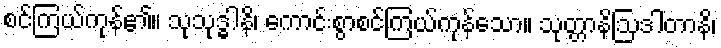
စင်ကြယ်ကုန်၏။ သုသုဒ္ဓါနိ၊ ကောင်းစွာစင်ကြယ်ကုန်သော။ သုတ္တာနိဩဒါတာနိ၊